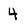
Character: 4